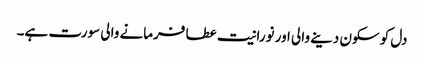
دل کو سکون دینے والی اور نورانیت عطا فرمانے والی سورت ہے۔